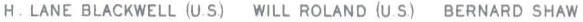
H. LANE BLACKWELL (U.S.) WILL ROLAND (U.S.) BERNARD SHAW